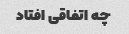
چه اتفاقی افتاد